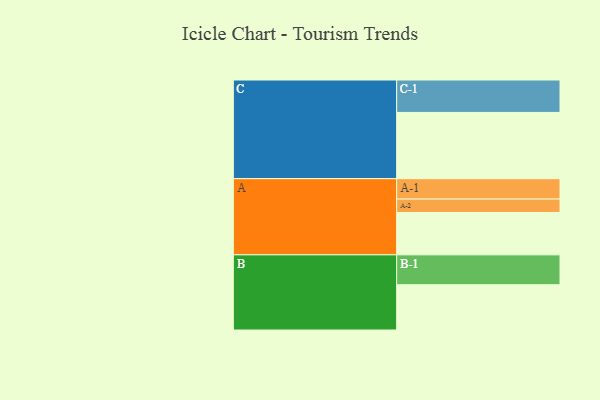
{"axis": {"x": "Segment", "y": "Value"}, "legend": ["", "A", "B", "C"], "data": [{"x": "A", "y": 337, "type": ""}, {"x": "B", "y": 360, "type": ""}, {"x": "C", "y": 527, "type": ""}, {"x": "A-1", "y": 162, "type": "A"}, {"x": "A-2", "y": 107, "type": "A"}, {"x": "B-1", "y": 238, "type": "B"}, {"x": "C-1", "y": 258, "type": "C"}]}